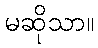
မဆိုသာ။